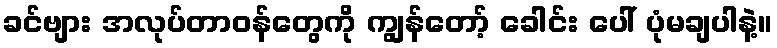
ခင်ဗျား အလုပ်တာဝန်တွေကို ကျွန်တော့် ခေါင်း ပေါ် ပုံမချပါနဲ့။